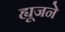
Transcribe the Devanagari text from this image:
ह्यूजने